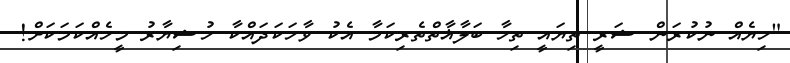
"ހިޔެއް ނުކުރަން ޝަރީ ތިޔައީ ތިހާ ބަލާޣާތްތެރިކަމާ އެކު ވާހަކަދައްކާ ހުޝިޔާރު މީހެއްކަމަކަށް!